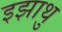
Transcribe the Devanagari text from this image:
इझाथु